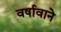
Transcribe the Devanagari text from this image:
वर्षावाने